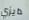
دايزي